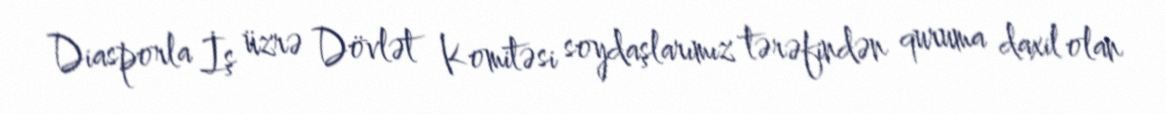
Diasporla İş üzrə Dövlət Komitəsi soydaşlarımız tərəfindən quruma daxil olan